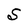
Character: S